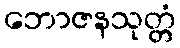
ဘောဇနသုတ္တံ